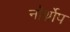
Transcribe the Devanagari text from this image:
नॉर्थ्रोप